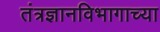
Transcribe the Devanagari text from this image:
तंत्रज्ञानविभागाच्या